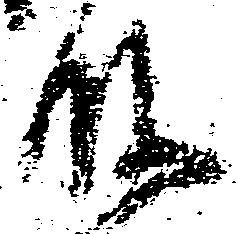
殿